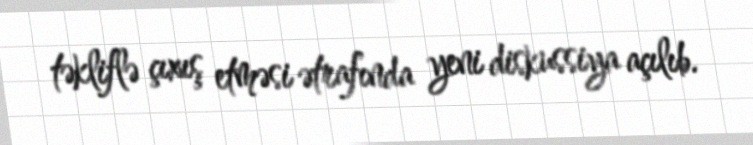
təkliflə çıxış etməsi ətrafında yeni diskussiya açılıb.